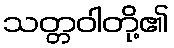
သတ္တဝါတို့၏